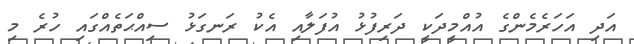
އަދި އަހަރެމެންގެ އުއްމީދަކީ ދަރިފުޅު އުފަލާއި އެކު ރަނގަޅު ސިއްޙަތެއްގައި ހުރެ މި